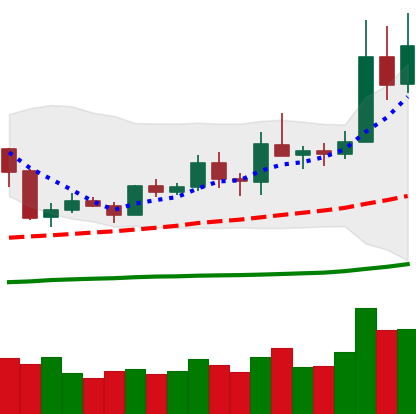
Ticker: ETH-USD
Chart end date: 2019-05-13
Forward return: 19.177%
Label: up_7plus